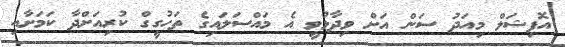
އޮފިޝަލް މިއަދު ސަން އަށް ވިދާޅުވީ އެ މައްސަލައިގެ ތަހުގީގް ކުރިއަށްދާ ކަމަށާއި